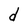
Character: d